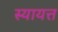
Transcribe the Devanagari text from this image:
स्यायत्त